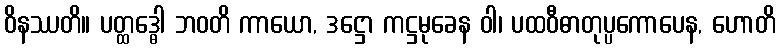
ဝိနဿတိ။ ပတ္ထဒ္ဓေါ ဘဝတိ ကာယော, ဒဋ္ဌော ကဋ္ဌမုခေန ဝါ၊ ပထဝီဓာတုပ္ပကောပေန, ဟောတိ